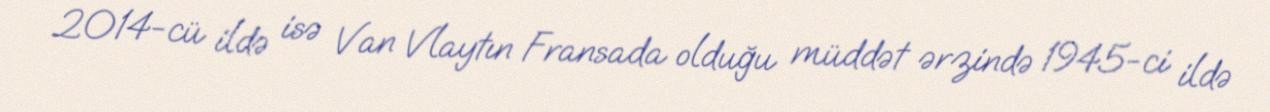
2014-cü ildə isə Van Vlaytın Fransada olduğu müddət ərzində 1945-ci ildə